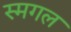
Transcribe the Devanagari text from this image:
स्मगल